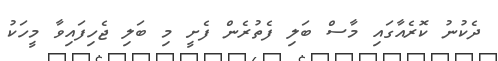
ދެކުނު ކޮރެއާގައި މާސް ބަލި ފެތުރެން ފެށީ މި ބަލި ޖެހިފައިވާ މީހަކު